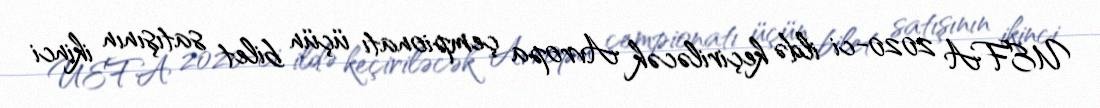
UEFA 2020-ci ildə keçiriləcək Avropa çempionatı üçün bilet satışının ikinci